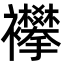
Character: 襻